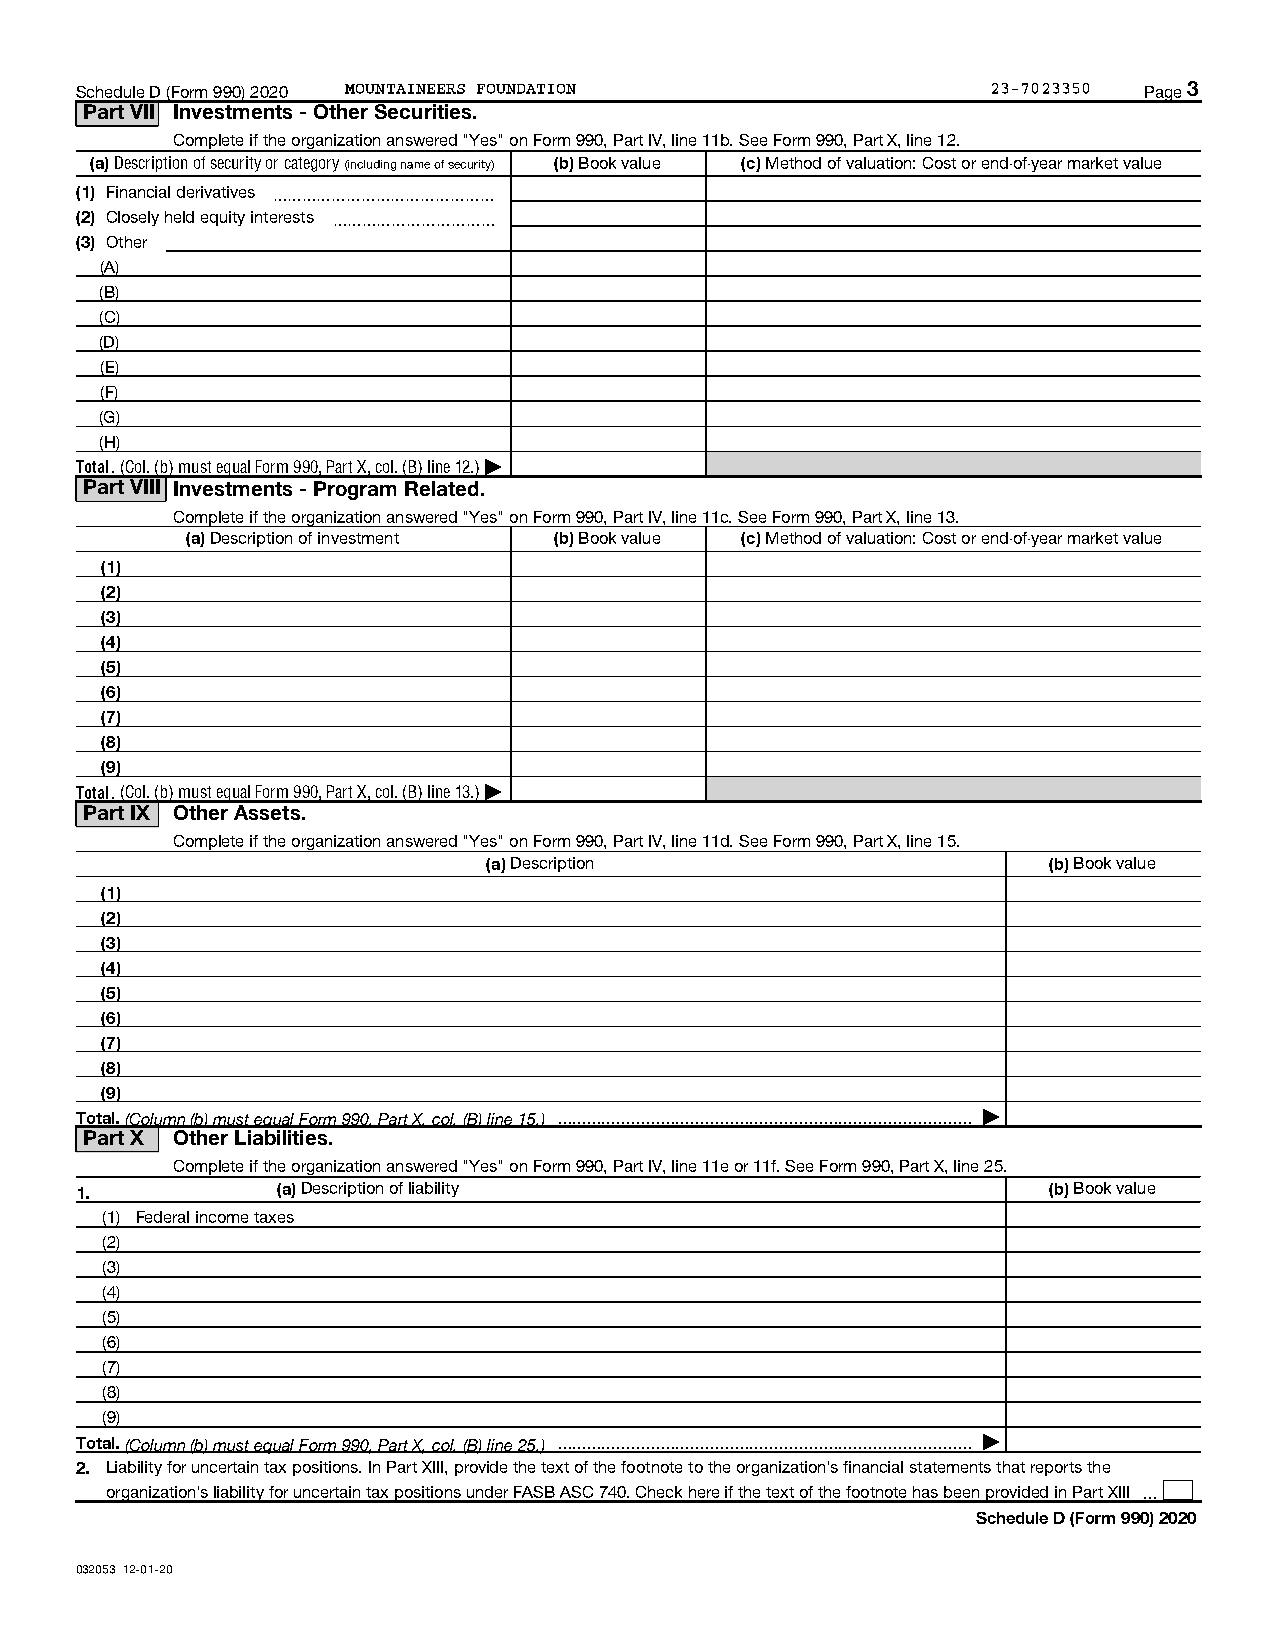
Schedule D (Form 990) 2020 MOUNTAINEERS FOUNDATION           23-7023350 Page 3
 Part VII Investments - Other Securities.
 Complete if the organization answered "Yes" on Form 990, Part IV, line 11b. See Form 990, Part X, line 12.
 (a) Description of security or category (including name of security) (b) Book value (c) Method of valuation: Cost or end-of-year market value
 (1) Financial derivatives ~~~~~~~~~~~~~~~
 (2) Closely held equity interests ~~~~~~~~~~~
 (3) Other
 (A)
 (B)
 (C)
 (D)
 (E)
 (F)
 (G)
 (H)
 Total. (Col. (b) must equal Form 990, Part X, col. (B) line 12.) |
 Part VIII Investments - Program Related.
 Complete if the organization answered "Yes" on Form 990, Part IV, line 11c. See Form 990, Part X, line 13.
 (a) Description of investment (b) Book value (c) Method of valuation: Cost or end-of-year market value
 (1)
 (2)
 (3)
 (4)
 (5)
 (6)
 (7)
 (8)
 (9)
 Total. (Col. (b) must equal Form 990, Part X, col. (B) line 13.) |
 Part IX Other Assets.
 Complete if the organization answered "Yes" on Form 990, Part IV, line 11d. See Form 990, Part X, line 15.
 (a) Description                      (b) Book value
 (1)
 (2)
 (3)
 (4)
 (5)
 (6)
 (7)
 (8)
 (9)
 Total. (Column (b) must equal Form 990, Part X, col. (B) line 15.)  |
 Part X Other Liabilities.
 Complete if the organization answered "Yes" on Form 990, Part IV, line 11e or 11f. See Form 990, Part X, line 25.
 1.           (a) Description of liability                       (b) Book value
 (1) Federal income taxes
 (2)
 (3)
 (4)
 (5)
 (6)
 (7)
 (8)
 (9)
 Total. (Column (b) must equal Form 990, Part X, col. (B) line 25.)  |
 2. Liability for uncertain tax positions. In Part XIII, provide the text of the footnote to the organization's financial statements that reports the
 organization's liability for uncertain tax positions under FASB ASC 740. Check here if the text of the footnote has been provided in Part XIII 
 Schedule D (Form 990) 2020
 032053 12-01-20